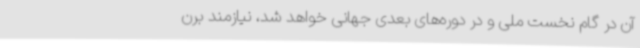
آن در گام نخست ملی و در دوره‌های بعدی جهانی خواهد شد، نیازمند برن